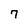
Character: 7